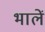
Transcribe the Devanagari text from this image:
भालें